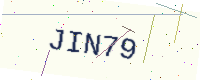
Text: JIN79